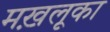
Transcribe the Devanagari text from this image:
मख़लूका